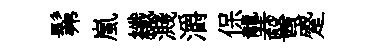
髴嵐纖濺灂保龔醫蹙